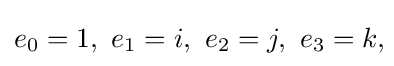
e_{0}=1,\ e_{1}=i,\ e_{2}=j,\ e_{3}=k,\!